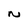
Character: N